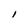
Character: I